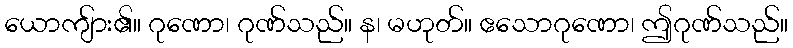
ယောကျ်ား၏။ ဂုဏော၊ ဂုဏ်သည်။ န၊ မဟုတ်။ ဧသောဂုဏော၊ ဤဂုဏ်သည်။